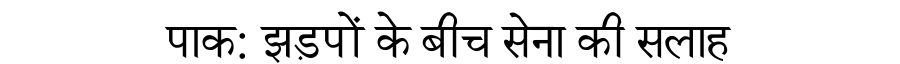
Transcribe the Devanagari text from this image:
पाक: झड़पों के बीच सेना की सलाह